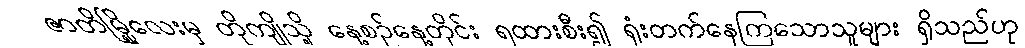
ဇာတိမြို့လေးမှ တိုကျိုသို့ နေ့စဉ်နေ့တိုင်း ရထားစီး၍ ရုံးတက်နေကြသောသူများ ရှိသည်ဟု